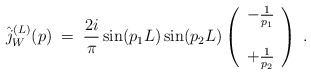
\begin{align*}\hat{j}_W^{(L)}(p) \; = \;\frac{2i}{\pi} \sin(p_1 L) \sin(p_2 L) \left( \begin{array}{c}- \frac{1}{p_1} \\ \; \\+ \frac{1}{p_2}\end{array} \right) \; .\end{align*}